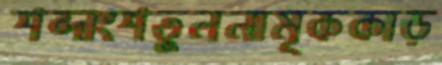
শব্দাংশতুলনামূককাড়